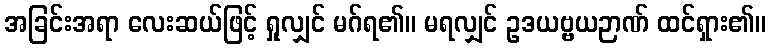
အခြင်းအရာ လေးဆယ်ဖြင့် ရှုလျှင် မဂ်ရ၏။ မရလျှင် ဥဒယဗ္ဗယဉာဏ် ထင်ရှား၏။